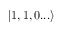
| 1 , 1 , 0 . . . \rangle